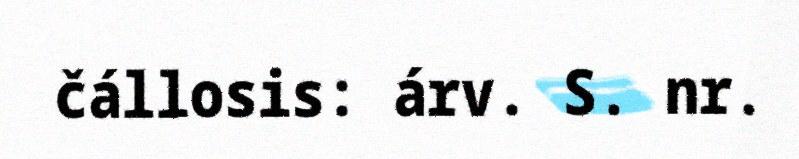
čállosis: árv. S. nr.